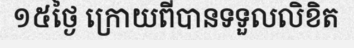
១៥ថ្ងៃ ក្រោយពីបានទទួលលិខិត